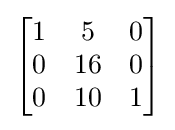
{\begin{bmatrix}1&5&0\\0&16&0\\0&10&1\end{bmatrix}}